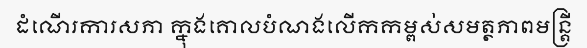
ដំណើរការសភា ក្នុងគោលបំណងលើកកម្ពស់សមត្ថភាពមន្ត្រី